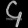
Digit: ၄